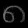
Digit: ၈